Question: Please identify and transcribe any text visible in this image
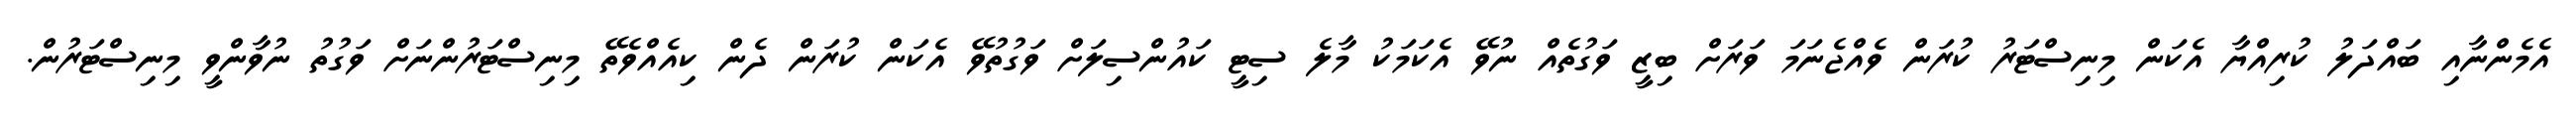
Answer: އެމެންނާއި ބައްދަލު ކުރިއްޔާ އެކަން މިނިސްޓަރު ކުރަން ވެއްޖެނަމަ ވަރަށް ބިޒީ ވަގުތެއް ނުވޭ އެކަމަކު މާލެ ސިޓީ ކައުންސިލަށް ވަގުތުވޭ އެކަން ކުރަން ދެން ކިއެއްވެތޭ މިނިސްޓަރުންނަށް ވަގުތު ނުވާންވީ މިނިސްޓަރުން.